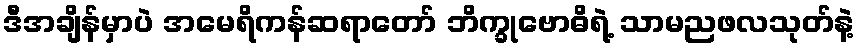
ဒီအချိန်မှာပဲ အမေရိကန်ဆရာတော် ဘိက္ခုဗောဓိရဲ့ သာမညဖလသုတ်နဲ့